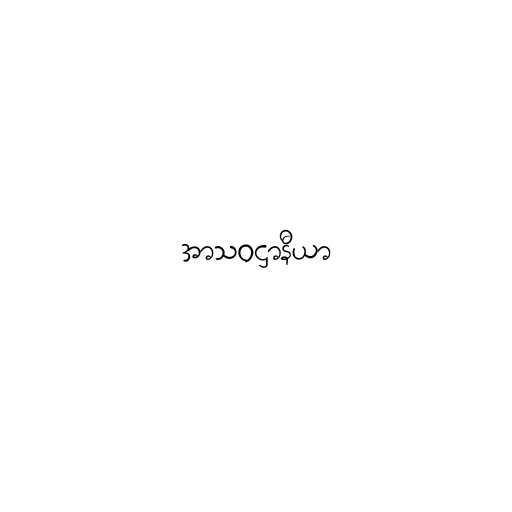
အာသဝဋ္ဌာနီယာ